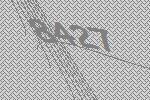
8427